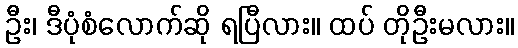
ဦး၊ ဒီပုံစံလောက်ဆို ရပြီလား။ ထပ် တိုဦးမလား။